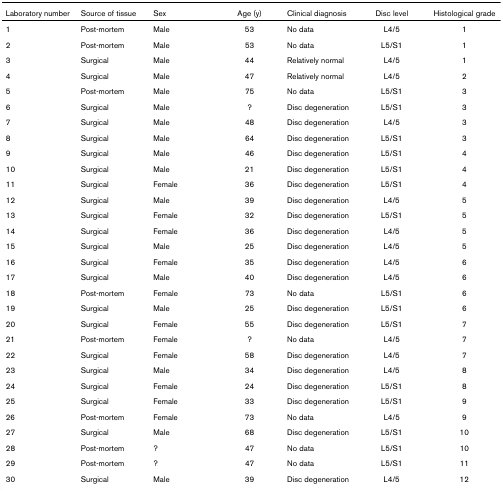
<table><thead><tr><td><b>Laboratory number</b></td><td><b>Source of tissue</b></td><td><b>Sex</b></td><td><b>Age (y)</b></td><td><b>Clinical diagnosis</b></td><td><b>Disc level</b></td><td><b>Histological grade</b></td></tr></thead><tbody><tr><td>1</td><td>Post-mortem</td><td>Male</td><td>53</td><td>No data</td><td>L4/5</td><td>1</td></tr><tr><td>2</td><td>Post-mortem</td><td>Male</td><td>53</td><td>No data</td><td>L5/S1</td><td>1</td></tr><tr><td>3</td><td>Surgical</td><td>Male</td><td>44</td><td>Relatively normal</td><td>L4/5</td><td>1</td></tr><tr><td>4</td><td>Surgical</td><td>Male</td><td>47</td><td>Relatively normal</td><td>L4/5</td><td>2</td></tr><tr><td>5</td><td>Post-mortem</td><td>Male</td><td>75</td><td>No data</td><td>L5/S1</td><td>3</td></tr><tr><td>6</td><td>Surgical</td><td>Male</td><td>?</td><td>Disc degeneration</td><td>L5/S1</td><td>3</td></tr><tr><td>7</td><td>Surgical</td><td>Male</td><td>48</td><td>Disc degeneration</td><td>L4/5</td><td>3</td></tr><tr><td>8</td><td>Surgical</td><td>Male</td><td>64</td><td>Disc degeneration</td><td>L5/S1</td><td>3</td></tr><tr><td>9</td><td>Surgical</td><td>Male</td><td>46</td><td>Disc degeneration</td><td>L5/S1</td><td>4</td></tr><tr><td>10</td><td>Surgical</td><td>Male</td><td>21</td><td>Disc degeneration</td><td>L5/S1</td><td>4</td></tr><tr><td>11</td><td>Surgical</td><td>Female</td><td>36</td><td>Disc degeneration</td><td>L5/S1</td><td>4</td></tr><tr><td>12</td><td>Surgical</td><td>Male</td><td>39</td><td>Disc degeneration</td><td>L4/5</td><td>5</td></tr><tr><td>13</td><td>Surgical</td><td>Female</td><td>32</td><td>Disc degeneration</td><td>L5/S1</td><td>5</td></tr><tr><td>14</td><td>Surgical</td><td>Female</td><td>36</td><td>Disc degeneration</td><td>L4/5</td><td>5</td></tr><tr><td>15</td><td>Surgical</td><td>Male</td><td>25</td><td>Disc degeneration</td><td>L4/5</td><td>5</td></tr><tr><td>16</td><td>Surgical</td><td>Female</td><td>35</td><td>Disc degeneration</td><td>L4/5</td><td>6</td></tr><tr><td>17</td><td>Surgical</td><td>Male</td><td>40</td><td>Disc degeneration</td><td>L4/5</td><td>6</td></tr><tr><td>18</td><td>Post-mortem</td><td>Female</td><td>73</td><td>No data</td><td>L5/S1</td><td>6</td></tr><tr><td>19</td><td>Surgical</td><td>Male</td><td>25</td><td>Disc degeneration</td><td>L5/S1</td><td>6</td></tr><tr><td>20</td><td>Surgical</td><td>Female</td><td>55</td><td>Disc degeneration</td><td>L5/S1</td><td>7</td></tr><tr><td>21</td><td>Post-mortem</td><td>Female</td><td>?</td><td>No data</td><td>L4/5</td><td>7</td></tr><tr><td>22</td><td>Surgical</td><td>Female</td><td>58</td><td>Disc degeneration</td><td>L4/5</td><td>7</td></tr><tr><td>23</td><td>Surgical</td><td>Male</td><td>34</td><td>Disc degeneration</td><td>L4/5</td><td>8</td></tr><tr><td>24</td><td>Surgical</td><td>Female</td><td>24</td><td>Disc degeneration</td><td>L5/S1</td><td>8</td></tr><tr><td>25</td><td>Surgical</td><td>Female</td><td>33</td><td>Disc degeneration</td><td>L5/S1</td><td>9</td></tr><tr><td>26</td><td>Post-mortem</td><td>Female</td><td>73</td><td>No data</td><td>L4/5</td><td>9</td></tr><tr><td>27</td><td>Surgical</td><td>Male</td><td>68</td><td>Disc degeneration</td><td>L5/S1</td><td>10</td></tr><tr><td>28</td><td>Post-mortem</td><td>?</td><td>47</td><td>No data</td><td>L5/S1</td><td>10</td></tr><tr><td>29</td><td>Post-mortem</td><td>?</td><td>47</td><td>No data</td><td>L5/S1</td><td>11</td></tr><tr><td>30</td><td>Surgical</td><td>Male</td><td>39</td><td>Disc degeneration</td><td>L4/5</td><td>12</td></tr></tbody></table>